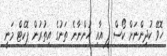
ހޮވޭ ކުދިންނަށް ކޯސް ފީ އާއި ހުންނާނެ ތަނުގެ އިތުރުން ޕޮކެޓް މަނީ